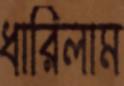
ধারিলাম